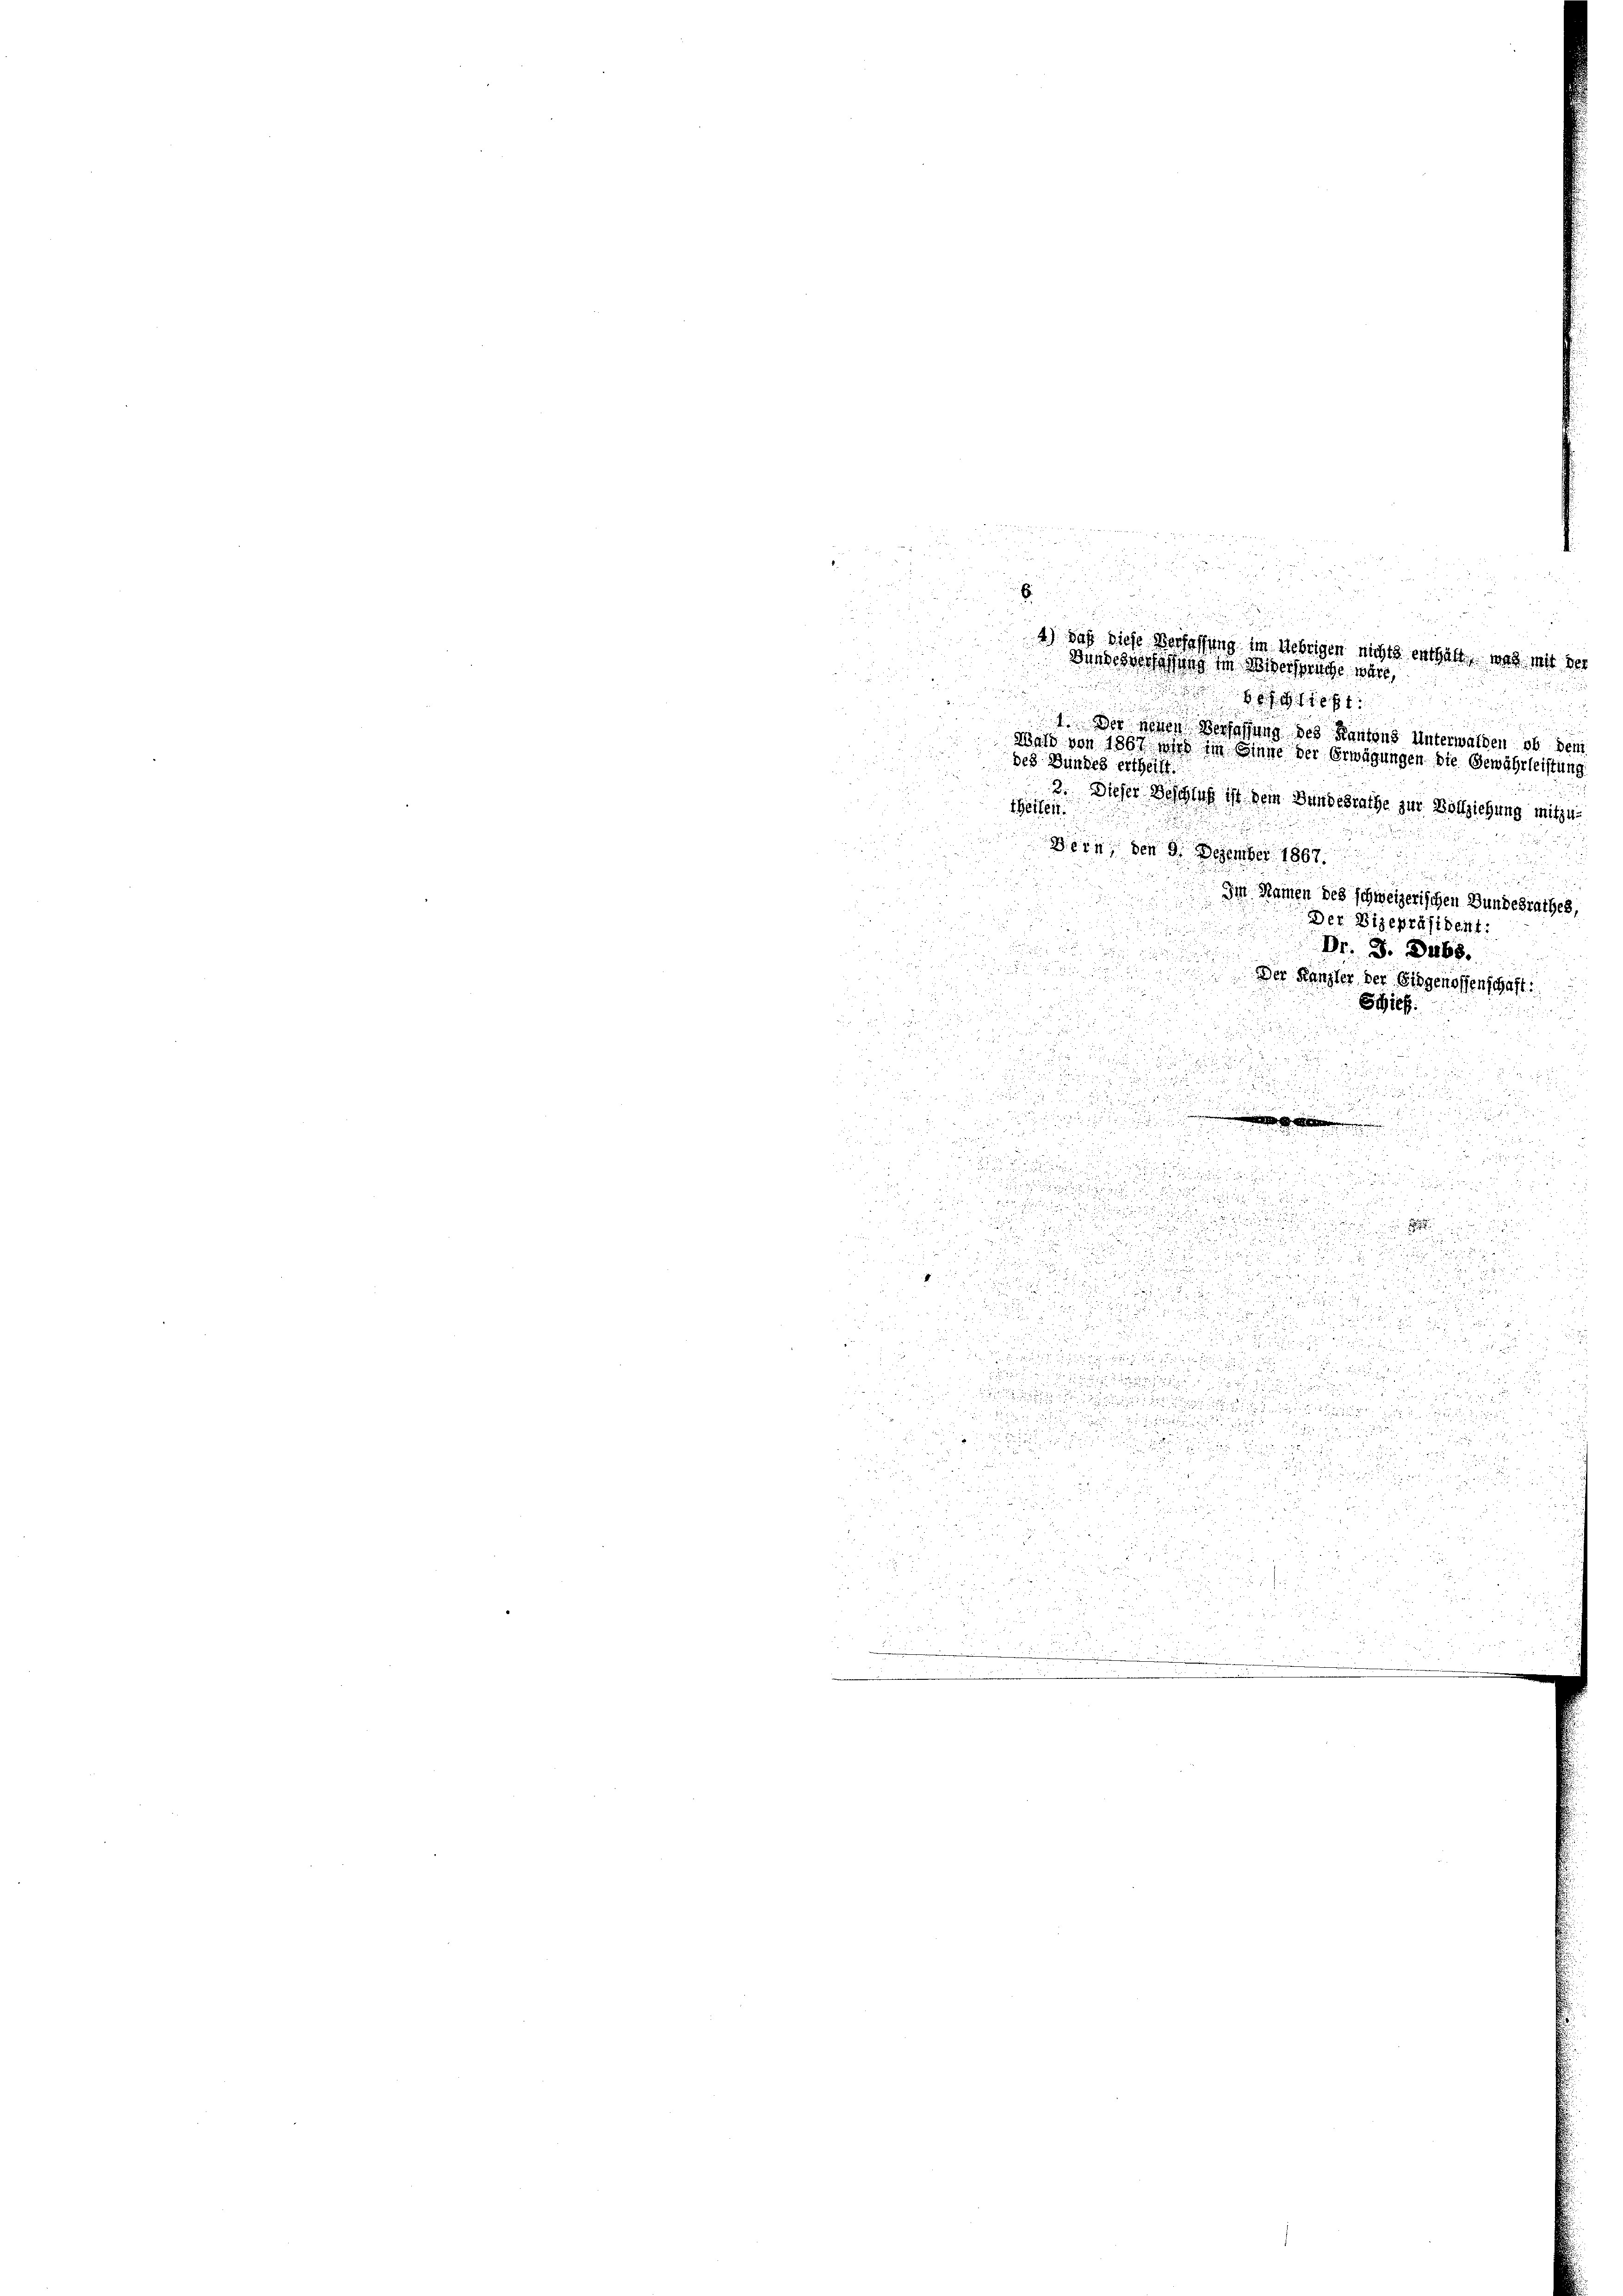
3. Dieser Beschluß ist dem Bundesrathe zur Vollziehung mitzu¬
Bern, den 9. Dezember 1867
n
2

2
2
d

2

8

Schief
igierung gerichten
un die sie

i
u

.
Tri

u
.

i

e

2

de
d

n

2
 Nr. 1
u

u

u

a
2
de
.
i
daur

n
.

5

u
u

 8
.
un

                                 und
d

u

3

5

d
2 2
e

r
a

und der den mit

2
u
.
d

u
a
§ 237.

, der Regen
 e

u
e

.
r
4.) Daß diese Verfassung im Uebrigen nichts enthält, was mit der
Bundesverfassung im Widersprüche wäre,
u

1. Der jenen Verfassung des Kantons Unterwalden ob dem
Wald von 1867, wird im Singe der Erwägungen die Gewährleistung
des Bundes ertheilt.

u

Theilen.

.

u
a
Im Namen des schweizerischen Bundesrathes,
Der Vizepräsident:
Dr. J. Dubs.
Der Kanzler der Eidgenossenschaft: